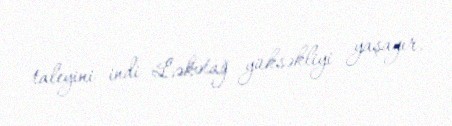
taleyini indi Ləkətağ yüksəkliyi yaşayır.